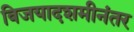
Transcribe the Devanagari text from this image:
विजयादशमीनंतर